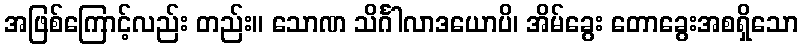
အဖြစ်ကြောင့်လည်း တည်း။ သောဏ သိင်္ဂါလာဒယောပိ၊ အိမ်ခွေး တောခွေးအစရှိသော